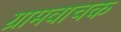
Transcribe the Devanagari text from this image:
ग्रामवाचक